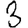
Digit: 3